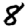
Digit: 8